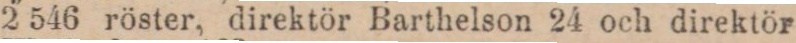
2 546 röster, direktör Barthelson 24 och direktör